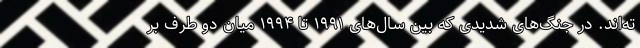
ته‌اند. در جنگ‌های شدیدی که بین سال‌های ۱۹۹۱ تا ۱۹۹۴ میان دو طرف بر